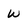
Character: w